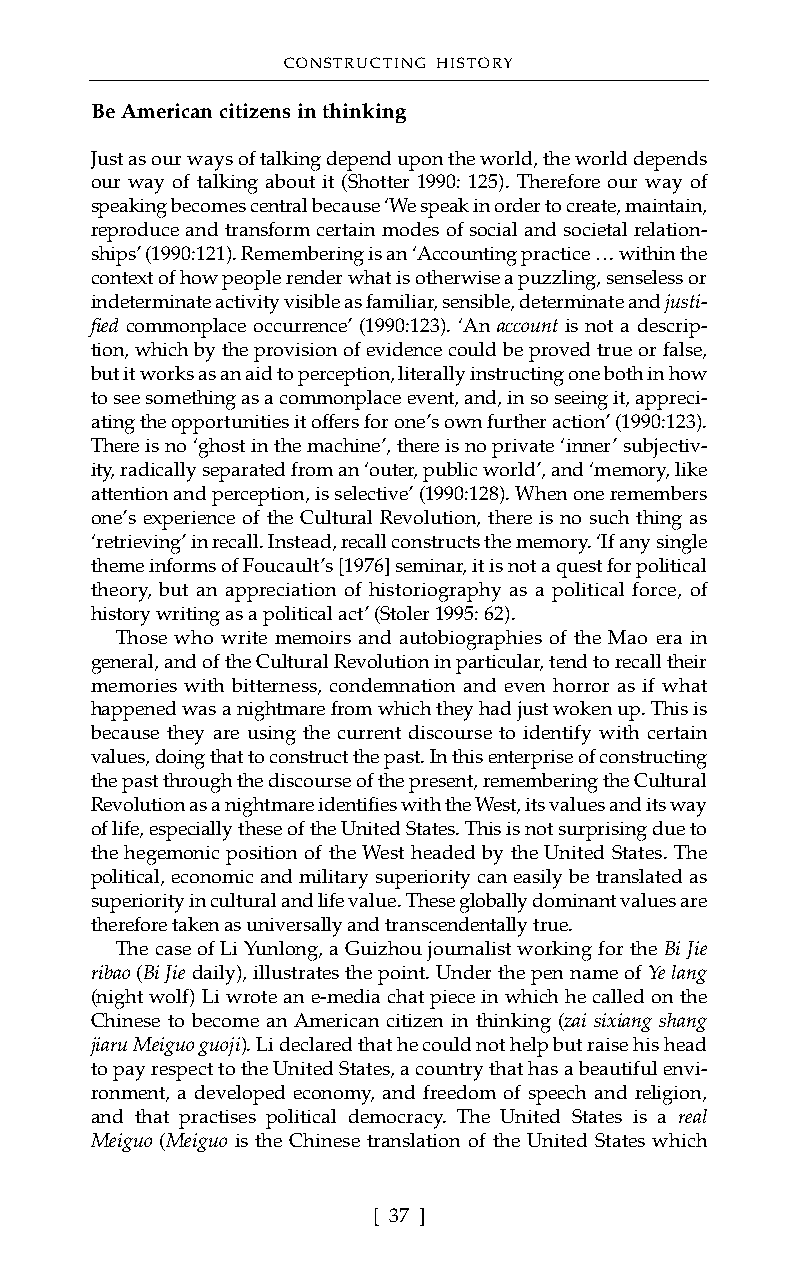
CONSTRUCTING HISTORY
 Be American citizens in thinking
 Just as our ways of talking depend upon the world, the world depends
 our way of talking about it (Shotter 1990: 125). Therefore our way of
 speaking becomes central because ‘We speak in order to create, maintain,
 reproduce and transform certain modes of social and societal relation-
 ships’ (1990:121). Remembering is an ‘Accounting practice … within the
 context of how people render what is otherwise a puzzling, senseless or
 indeterminate activity visible as familiar, sensible, determinate and justi-
 fied commonplace occurrence’ (1990:123). ‘An account is not a descrip-
 tion, which by the provision of evidence could be proved true or false,
 but it works as an aid to perception, literally instructing one both in how
 to see something as a commonplace event, and, in so seeing it, appreci-
 ating the opportunities it offers for one’s own further action’ (1990:123).
 There is no ‘ghost in the machine’, there is no private ‘inner’ subjectiv-
 ity, radically separated from an ‘outer, public world’, and ‘memory, like
 attention and perception, is selective’ (1990:128). When one remembers
 one’s experience of the Cultural Revolution, there is no such thing as
 ‘retrieving’ in recall. Instead, recall constructs the memory. ‘If any single
 theme informs of Foucault’s [1976] seminar, it is not a quest for political
 theory, but an appreciation of historiography as a political force, of
 history writing as a political act’ (Stoler 1995: 62).
 Those who write memoirs and autobiographies of the Mao era in
 general, and of the Cultural Revolution in particular, tend to recall their
 memories with bitterness, condemnation and even horror as if what
 happened was a nightmare from which they had just woken up. This is
 because they are using the current discourse to identify with certain
 values, doing that to construct the past. In this enterprise of constructing
 the past through the discourse of the present, remembering the Cultural
 Revolution as a nightmare identifies with the West, its values and its way
 of life, especially these of the United States. This is not surprising due to
 the hegemonic position of the West headed by the United States. The
 political, economic and military superiority can easily be translated as
 superiority in cultural and life value. These globally dominant values are
 therefore taken as universally and transcendentally true.
 The case of Li Yunlong, a Guizhou journalist working for the Bi Jie
 ribao (Bi Jie daily), illustrates the point. Under the pen name of Ye lang
 (night wolf) Li wrote an e-media chat piece in which he called on the
 Chinese to become an American citizen in thinking (zai sixiang shang
 jiaru Meiguo guoji). Li declared that he could not help but raise his head
 to pay respect to the United States, a country that has a beautiful envi-
 ronment, a developed economy, and freedom of speech and religion,
 and that practises political democracy. The United States is a real
 Meiguo (Meiguo is the Chinese translation of the United States which
 [ 37 ]